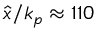
\hat { x } / k _ { p } \approx 1 1 0